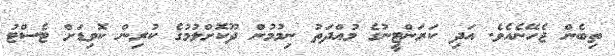
ތިބެން ޖެހޭނެއެވެ. އަދި ކަރަންޓީނުގެ މުއްދަތު ނިމުމުން ދޫކޮށްލުމުގެ ކުރިން ކޮވިޑަށް ޓެސްޓު